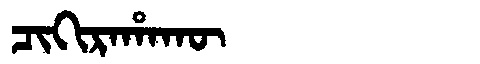
Manchu: ᠴᡳᡴᡳᡵᠠᡥᠠᡴᡡ
Romanization: CIKIRAHAKŪ